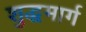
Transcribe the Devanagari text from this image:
शुद्धमार्ग